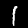
Digit: 1